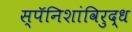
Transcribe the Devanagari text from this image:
स्पॅनिशांविरुद्ध